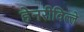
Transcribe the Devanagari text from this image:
हेनरीविल्ले